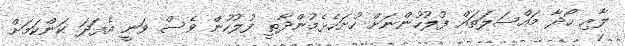
ލާރި ހޯދާ މައްސަލަތައް ފުލުހުންނަށް ހުށަހެޅެމުންދާތީ ފުލުހުން ވެސް ވަނީ އެފަދަ ކަންކަމަށް